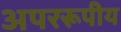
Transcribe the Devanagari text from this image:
अपररूपीय